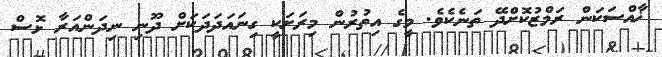
ޚާއްސަކަން ރަމްޒުކޮށްދޭ ތަނެކެވެ. މީގެ އިތުރުން މިރަށަކީ ގިނައަދަދަކަށް ދޫނި ނިދަންއަރާ ޅޮސް